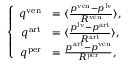
\left\{ \begin{array} { r l } { q ^ { \mathrm { v e n } } } & { = \langle \frac { p ^ { \mathrm { v e n } } - p ^ { \mathrm { l v } } } { R ^ { \mathrm { v e n } } } \rangle , } \\ { q ^ { \mathrm { a r t } } } & { = \langle \frac { p ^ { \mathrm { l v } } - p ^ { \mathrm { a r t } } } { R ^ { \mathrm { a r t } } } \rangle , } \\ { q ^ { \mathrm { p e r } } } & { = \frac { p ^ { \mathrm { a r t } } - p ^ { \mathrm { v e n } } } { R ^ { \mathrm { p e r } } } , } \end{array} \right.